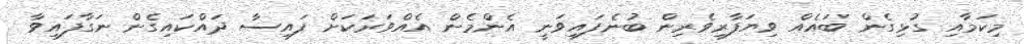
މިކަމާއި ގުޅިގެން ބައެއް ވިޔަފާރިވެރިން ބުނެފައިވަނީ އެންމެން އެއްވަރަކަށް ފައިސާ ދައްކައިގެން ނަގާފައިވާ